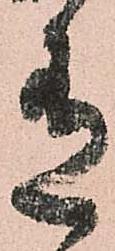
有